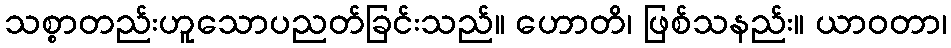
သစ္စာတည်းဟူသောပညတ်ခြင်းသည်။ ဟောတိ၊ ဖြစ်သနည်း။ ယာဝတာ၊